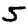
Digit: 5